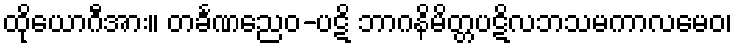
ထိုယောဂီအား။ တင်္ခဏညေဝ-ပဋိ ဘာဂနိမိတ္တပဋိလဘသမကာလမေဝ၊